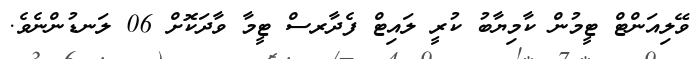
ވޭލިއަންޓް ޓީމުން ކާމިޔާބު ކުރީ ލައިޓް ފެދާރސް ޓީމާ ވާދަކޮށް 06 ލަނޑުންނެވެ.